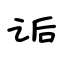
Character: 诟